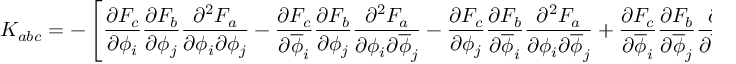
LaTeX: K _ { a b c } = - \left[ { \frac { \partial F _ { c } } { \partial \phi _ { i } } } { \frac { \partial F _ { b } } { \partial \phi _ { j } } } { \frac { \partial ^ { 2 } F _ { a } } { \partial \phi _ { i } \partial \phi _ { j } } } - { \frac { \partial F _ { c } } { \partial \overline { { { \phi } } } _ { i } } } { \frac { \partial F _ { b } } { \partial \phi _ { j } } } { \frac { \partial ^ { 2 } F _ { a } } { \partial \phi _ { i } \partial \overline { { { \phi } } } _ { j } } } - { \frac { \partial F _ { c } } { \partial \phi _ { j } } } { \frac { \partial F _ { b } } { \partial \overline { { { \phi } } } _ { i } } } { \frac { \partial ^ { 2 } F _ { a } } { \partial \phi _ { i } \partial \overline { { { \phi } } } _ { j } } } + { \frac { \partial F _ { c } } { \partial \overline { { { \phi } } } _ { i } } } { \frac { \partial F _ { b } } { \partial \overline { { { \phi } } } _ { j } } } { \frac { \partial ^ { 2 } F _ { a } } { \partial \overline { { { \phi } } } _ { i } \partial \overline { { { \phi } } } _ { j } } } \right]